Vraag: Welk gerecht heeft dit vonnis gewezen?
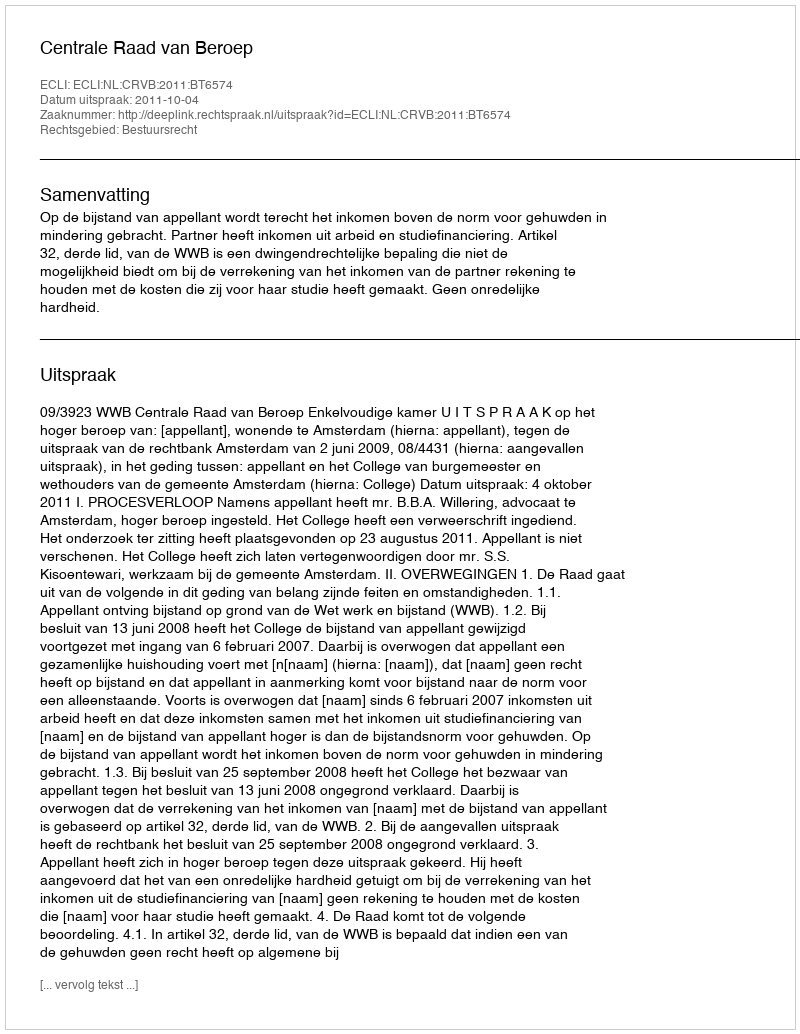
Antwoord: Centrale Raad van Beroep